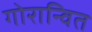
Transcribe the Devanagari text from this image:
गोरान्वित